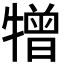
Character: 𤛢